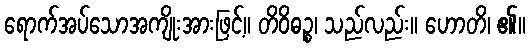
ရောက်အပ်သောအကျိုးအားဖြင့်။ တိဝိဓဉ္စ၊ သည်လည်း။ ဟောတိ၊ ၏။